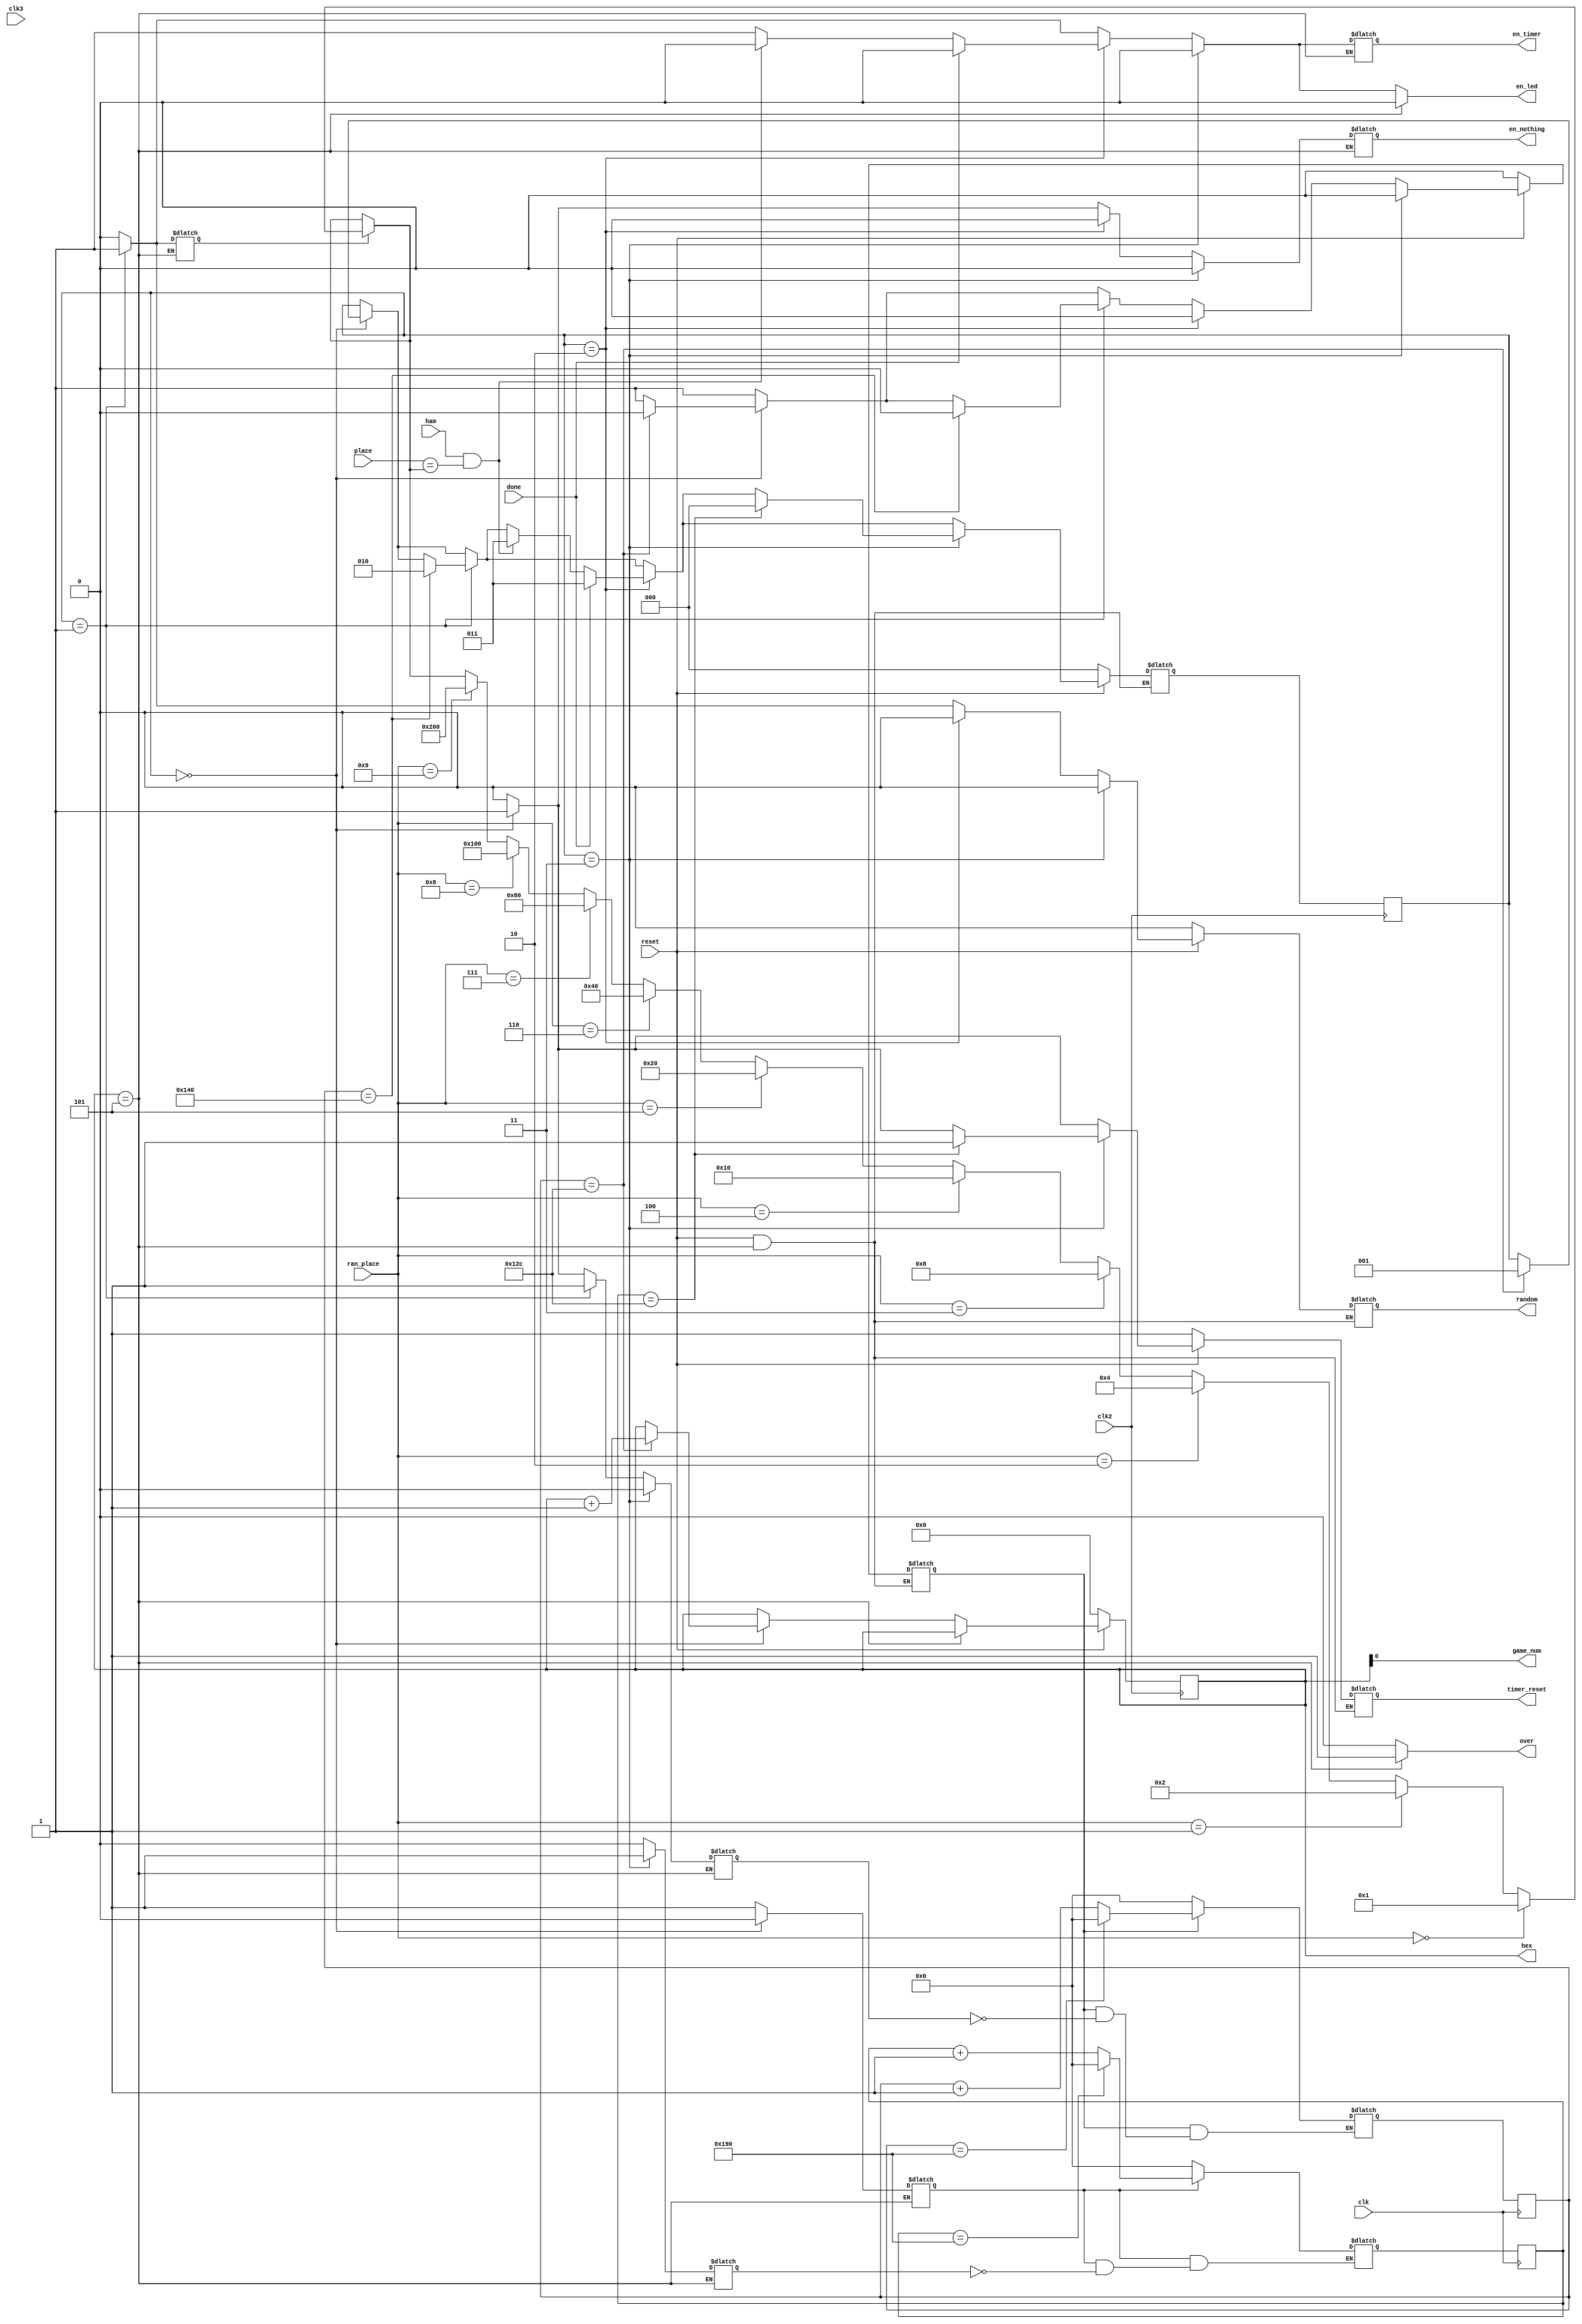

//=======================================================
//  This code is generated by Terasic System Builder
//=======================================================

module fsm(

	//////////// CLOCK //////////
	input 	clk,
	input		clk2,
	input    clk3,
	input		reset,
//	input 	seconds,
	output wire en_led,
	output wire en_timer,
	output wire en_nothing,
	output wire game_num,
	output wire random,
	input		ham,
	output wire timer_reset,
	input [9:0] place,
	input [3:0] ran_place,
	input  done,
	output over,
	output wire [3:0] hex
);


//=======================================================
//  REG/WIRE declarations
//=======================================================
reg [9:0] move,c_move;
reg [9:0] count;
reg [9:0] c_count;
reg [1:0] number;
reg enable;
reg [3:0] n1;
reg [3:0] cn;
reg score;
//reg dne;
reg store;
//=======================================================
//  Structural coding
//=======================================================
reg in_reset;
reg ran;
always @(*) begin 
if(in_reset==1'b0) begin
		c_count=10'b0000_0000_00;
	end
else begin
if(enable==1'b1) begin
	c_count=count + 1;
	if(count==10'b01_1001_0000) begin
		c_count=10'b0000_0000_00;
	end
end	
end
end
always @(posedge clk) begin 
		count<=c_count;
end 

reg [9:0] a,b;
reg r,e;
always @(*) begin 
if(r==1'b0) begin
		a=10'b0000_0000_00;
	end
else begin
if(e==1'b1) begin
	a=b + 1;
	if(b==10'b01_1001_0000) begin
		a=10'b0000_0000_00;
	end
end	
end
end
always @(posedge clk3) begin 
		b<=a;
end 

//
reg [9:0] m2,m3;
reg r6,e6;
always @(*) begin 
if(r6==1'b0) begin
		m2=10'b0000_0000_00;
	end
else begin
if(e6==1'b1) begin
	m2=m3 + 1;
	if(m3==10'b0110010000) begin
		m2=10'b0000_0000_00;
	end
end	
end
end
always @(posedge clk) begin 
		m3<=m2;
end 

//
always @(*) begin
	c_move=move;
if(store ==1'b1) begin
	if(ran_place==4'b0000) 
		c_move=10'b00_0000_0001;
	else if (ran_place==4'b0001)
		c_move=10'b00_0000_0010;
	else if (ran_place==4'b0010)
		c_move=10'b00_0000_0100;
	else if (ran_place==4'b0011)
		c_move=10'b00_0000_1000;
	else if (ran_place==4'b0100)
		c_move=10'b00_0001_0000;
	else if (ran_place==4'b0101)
		c_move=10'b00_0010_0000;
	else if (ran_place==4'b0110)
		c_move=10'b00_0100_0000;
	else if (ran_place==4'b0111)
		c_move=10'b00_1000_0000;
	else if (ran_place==4'b1000)
		c_move=10'b01_0000_0000;
	else if (ran_place==4'b1001)
		c_move=10'b10_0000_0000;
end 
end
always @(*) begin
	move<=c_move;
end



reg [2:0] state;
reg [2:0] c_state;
reg en_led1,en_time1, en_nothing1;
reg t_reset;
//reg next;
reg gameo;
always @(*) begin
if(n1==4'b0101)begin
	gameo=1'b1;
	cn=n1;
	en_led1=1'b0;
end
else begin
	gameo=1'b0;
	c_state=state;
	enable=1'b0;
	in_reset=1'b1;
	en_nothing1=1'b0;
	en_time1=1'b0;
	en_led1=1'b0;
	ran=1'b0;
	store=1'b0;
	e=1'b0;
	t_reset=1'b0;
	r=1'b1;
	cn=n1;
	e6=1'b0;
	r6=1'b1;
	
	
	if(state==3'b000) begin
		enable=1'b1;
		r=1'b0;
		r6=1'b0;
		en_nothing1=1'b1;
		t_reset=1'b1;
		if(count==9'b100101100) begin
			c_state =3'b001;cn=n1+1'b1;
			in_reset=1'b0;
		//	r=1'b0;
		end
	end
	if(state==3'b001) begin
		enable=1'b1;
	//	r=1'b0;
		en_time1 =1'b1;
		en_led1 =1'b1;
		ran=1'b1;
		
		store =1'b1;
		if(count==9'b101_0000_00)begin
			c_state=3'b010;
		//	r=1'b0;
			in_reset=1'b0;
		end
	end	
	if(state==3'b010) begin
		ran=1'b0;
		in_reset=1'b0;
		en_nothing1=1'b0;
		en_led1 =1'b1;
	//	r=1'b0;
		en_time1=1'b1;
		if((ham==1'b1)&&(place==move)) begin
			en_led1=1'b0;
			en_time1=1'b0;
			score=1'b1;
			c_state=3'b011;
		//	cn=n1+1'b1; //new
		end	
		if(done==1'b1) begin
			en_led1=1'b0;
			en_time1=1'b0;
		//	score=1'b1;
		//	cn=n1+1'b1; //new test
			c_state=3'b011;
		end
	end
	if(state==3'b011) begin
		en_led1=1'b0;
		en_time1=1'b0;
		enable=1'b0;
		ran=1'b0;
		en_nothing1=1'b0;
		score=1'b1;
		e=1'b1;
		e6=1'b1;
		in_reset=1'b0;
		if(m3==9'b100101100)begin
			c_state=3'b000;
			t_reset=1'b1;
			in_reset=1'b0;
		end
	end

end	
	if(reset==1'b0) begin
		c_state=3'b000;
		in_reset=1'b0;
		t_reset=1'b1;
		ran=1'b0;
		cn=4'b0000;
	end
end

always @(posedge clk2) begin
	state<=c_state;
	n1<=cn;
end

/*
always &(*)begin
	n1=
	if()begin
		
	end
end
always &(*) begin
	cn<=n1;
end
*/
assign en_led = en_led1;
assign en_timer = en_time1;
assign en_nothing = en_nothing1;
assign random =ran;
assign game_num=n1;
assign hex=n1;
assign timer_reset=t_reset;
assign over=gameo;
//assign random = ran;
//assign try=zero;
endmodule